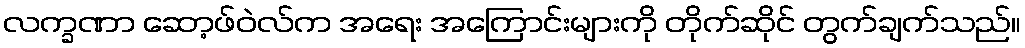
လက္ခဏာ ဆော့ဖ်ဝဲလ်က အရေး အကြောင်းများကို တိုက်ဆိုင် တွက်ချက်သည်။